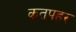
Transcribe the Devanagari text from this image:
कतपहर